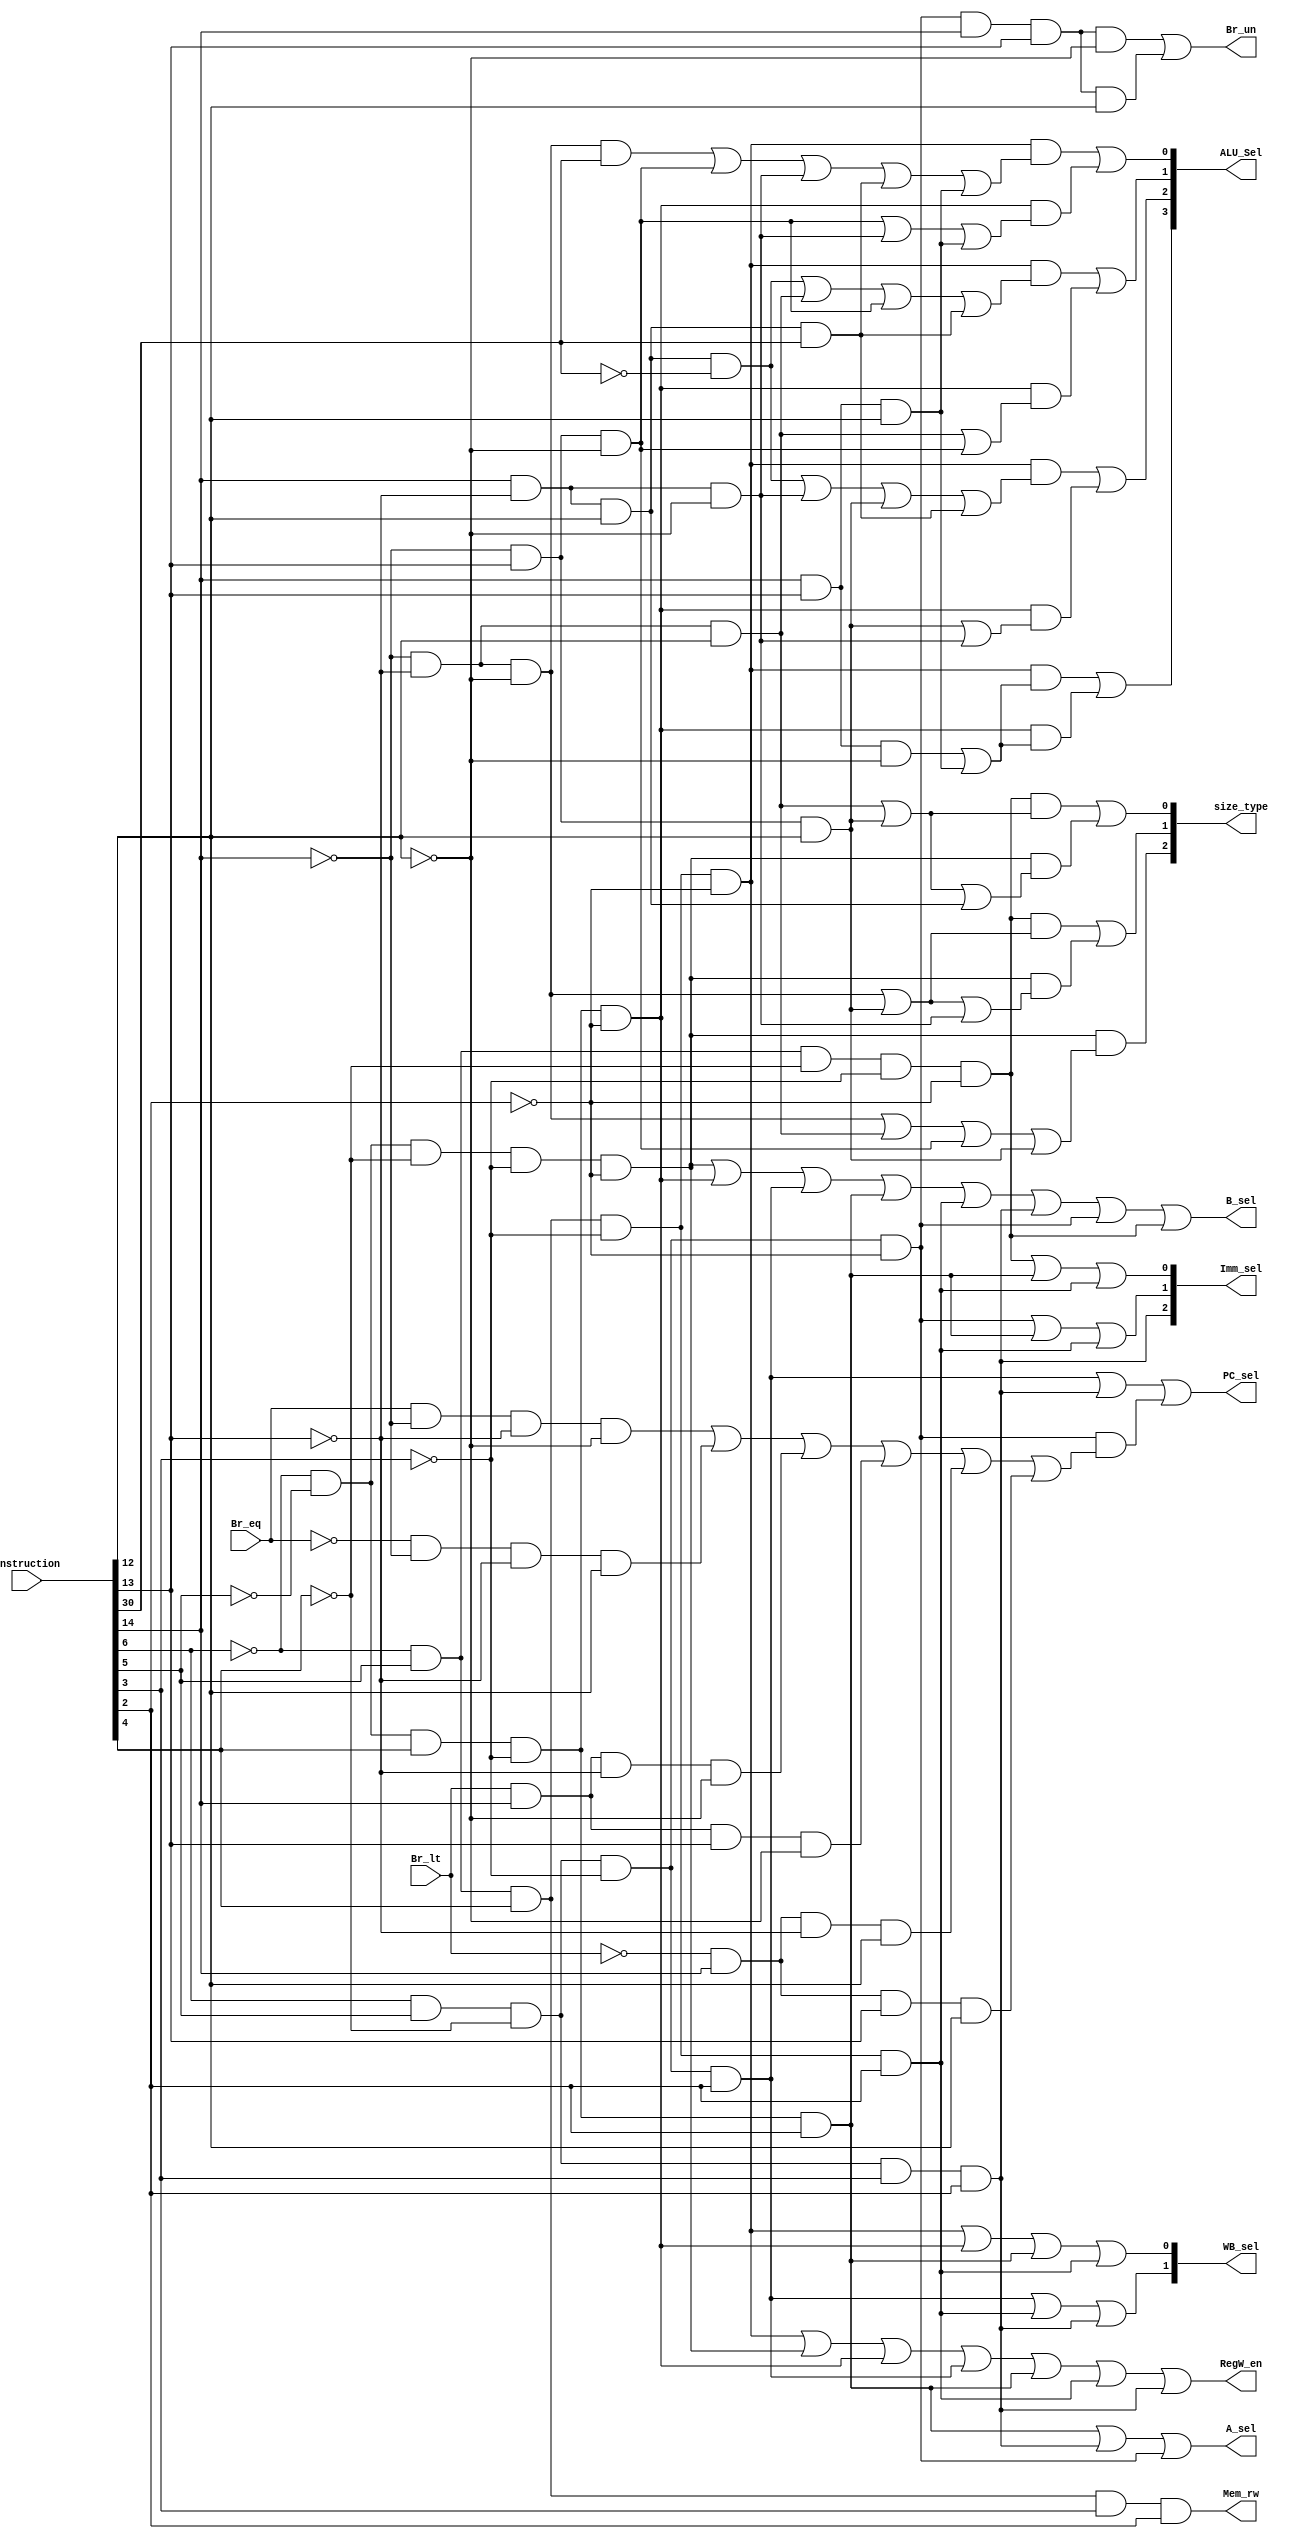
module Controller#(
    parameter WIDTH = 32
)
(   //Controller inputs
    input [WIDTH-1:0]instruction,
    input Br_eq,Br_lt,
    //Controller outputs
    output reg [3:0] ALU_Sel,
    output reg [1:0] WB_sel,
    output reg [2:0] Imm_sel,
    output reg [2:0] size_type,
    output reg PC_sel,RegW_en,Br_un,B_sel,A_sel,Mem_rw
);   
    //ALU operations
    localparam add = 4'b0000, sub = 4'b0001, sll = 4'b0010, slt = 4'b0011, sltu = 4'b0100, Xor = 4'b0101,
               srl = 4'b0110, sra = 4'b0111, Or  = 4'b1000, And = 4'b1001, addw = 4'b1010, subw = 4'b1011,
               sllw = 4'b1100, srlw = 4'b1101, sraw = 4'b1110;   
    //Instructions Opcode
    localparam R_type1 = 7'b0110011, R_type2 = 7'b0111011; 
    localparam I_type1 = 7'b0000011, I_type2 = 7'b0001111, I_type3 = 7'b0010011,
               I_type4 = 7'b0011011, I_type5 = 7'b1100111, I_type6 = 7'b1110011;
    localparam S_type = 7'b0100011;
    localparam SB_type = 7'b1100011;
    localparam U1_type = 7'b0010111, U2_type = 7'b0110111;
    localparam UJ_type = 7'b1101111;
    //Parsing instruction
    wire [6:0] opcode;
    wire [2:0] func3;
    wire [6:0] func7;
assign opcode = instruction[6:0];
assign func3 = instruction[14:12];
assign func7 = instruction[31:25];

always @*
begin
	        //Controlling register file write enable
            RegW_en         =   (~opcode[6] &&  opcode[5] &&  opcode[4] && ~opcode[3] && ~opcode[2])    ||   //R1_type
		                        (~opcode[6] && ~opcode[5] && ~opcode[4] && ~opcode[3] && ~opcode[2])    ||   //I1_type
		                        (~opcode[6] && ~opcode[5] &&  opcode[4] && ~opcode[3] && ~opcode[2])    ||   //I3_type
		                        ( opcode[6] &&  opcode[5] && ~opcode[4] && ~opcode[3] &&  opcode[2])    ||   //I5_type
		                        (~opcode[6] && ~opcode[5] &&  opcode[4] && ~opcode[3] &&  opcode[2])    ||   //U1_type
		                        (~opcode[6] &&  opcode[5] &&  opcode[4] && ~opcode[3] &&  opcode[2])    ||   //U2_type
		                        ( opcode[6] &&  opcode[5] && ~opcode[4] &&  opcode[3] &&  opcode[2]);        //UJ_type
            //Controlling branch unsigned
            Br_un           =   ( opcode[6] &&  opcode[5] && ~opcode[4] && ~opcode[3] && ~opcode[2]          //SB_type
                                                          &&   func3[2] &&   func3[1] &&  ~func3[0])    ||   //bltu
		                        ( opcode[6] &&  opcode[5] && ~opcode[4] && ~opcode[3] && ~opcode[2]      
                                                          &&   func3[2] &&   func3[1] &&   func3[0]);        //bgeu
            //Controlling memory read write
	        Mem_rw          =   (~opcode[6] &&  opcode[5] &&  opcode[4] &&  opcode[3] &&  opcode[2]);        //S_type 
            //Controlling B_sel
            B_sel           =   (~opcode[6] && ~opcode[5] && ~opcode[4] && ~opcode[3] && ~opcode[2])    ||   //I1_type
		                        (~opcode[6] && ~opcode[5] &&  opcode[4] && ~opcode[3] && ~opcode[2])    ||   //I3_type
		                        ( opcode[6] &&  opcode[5] && ~opcode[4] && ~opcode[3] &&  opcode[2])    ||   //I5_type
		                        (~opcode[6] && ~opcode[5] &&  opcode[4] && ~opcode[3] &&  opcode[2])    ||   //U1_type
		                        (~opcode[6] &&  opcode[5] &&  opcode[4] && ~opcode[3] &&  opcode[2])    ||   //U2_type
		                        ( opcode[6] &&  opcode[5] && ~opcode[4] &&  opcode[3] &&  opcode[2])    ||   //UJ_type
                                ( opcode[6] &&  opcode[5] && ~opcode[4] && ~opcode[3] && ~opcode[2])    ||   //SB_type
                                (~opcode[6] &&  opcode[5] && ~opcode[4] && ~opcode[3] && ~opcode[2]);        //S_type 
            //Controlling A_sel
            A_sel           =   (~opcode[6] && ~opcode[5] &&  opcode[4] && ~opcode[3] &&  opcode[2])    ||   //U1_type
		                        ( opcode[6] &&  opcode[5] && ~opcode[4] &&  opcode[3] &&  opcode[2])    ||   //UJ_type
                                ( opcode[6] &&  opcode[5] && ~opcode[4] && ~opcode[3] && ~opcode[2]);        //SB_type  
            //Controlling PC_sel
            PC_sel          =   ( opcode[6] &&  opcode[5] && ~opcode[4] && ~opcode[3] &&  opcode[2])    ||   //I5_type
		                        ( opcode[6] &&  opcode[5] && ~opcode[4] &&  opcode[3] &&  opcode[2])    ||   //UJ_type
                                ( opcode[6] &&  opcode[5] && ~opcode[4] && ~opcode[3] && ~opcode[2]     &&   //SB_type
                                                (( Br_eq  &&  ~func3[2] &&  ~func3[1] &&  ~func3[0])    ||   //beq 
                                                 (~Br_eq  &&  ~func3[2] &&  ~func3[1] &&   func3[0])    ||   //bne
                                                 ( Br_lt  &&   func3[2] &&  ~func3[1] &&  ~func3[0])    ||   //blt
                                                 ( Br_lt  &&   func3[2] &&   func3[1] &&  ~func3[0])    ||   //bltu
                                                 (~Br_lt  &&   func3[2] &&  ~func3[1] &&   func3[0])    ||   //bge
                                                 (~Br_lt  &&   func3[2] &&   func3[1] &&   func3[0])));      //bgeu
            //Controlling write back select
            WB_sel[0]       =   (~opcode[6] &&  opcode[5] &&  opcode[4] && ~opcode[3] && ~opcode[2])    ||   //R1_type
		                        (~opcode[6] && ~opcode[5] &&  opcode[4] && ~opcode[3] && ~opcode[2])    ||   //I3_type
		                        (~opcode[6] && ~opcode[5] &&  opcode[4] && ~opcode[3] &&  opcode[2])    ||   //U1_type
                                (~opcode[6] &&  opcode[5] &&  opcode[4] && ~opcode[3] &&  opcode[2]);        //U2_type
            WB_sel[1]       =   ( opcode[6] &&  opcode[5] && ~opcode[4] && ~opcode[3] &&  opcode[2])    ||   //I5_type
		                        (~opcode[6] &&  opcode[5] &&  opcode[4] && ~opcode[3] &&  opcode[2])    ||   //U2_type
		                        ( opcode[6] &&  opcode[5] && ~opcode[4] &&  opcode[3] &&  opcode[2]);        //UJ_type
            //Controlling immediate select
            Imm_sel[0]      =   (~opcode[6] &&  opcode[5] && ~opcode[4] && ~opcode[3] && ~opcode[2])    ||   //S_type
		                        (~opcode[6] && ~opcode[5] &&  opcode[4] && ~opcode[3] &&  opcode[2])    ||   //U1_type
                                (~opcode[6] &&  opcode[5] &&  opcode[4] && ~opcode[3] &&  opcode[2]);        //U2_type
            Imm_sel[1]      =   ( opcode[6] &&  opcode[5] && ~opcode[4] && ~opcode[3] && ~opcode[2])    ||   //SB_type
		                        (~opcode[6] && ~opcode[5] &&  opcode[4] && ~opcode[3] &&  opcode[2])    ||   //U1_type
                                (~opcode[6] &&  opcode[5] &&  opcode[4] && ~opcode[3] &&  opcode[2]);        //U2_type
            Imm_sel[2]      =   ( opcode[6] &&  opcode[5] && ~opcode[4] &&  opcode[3] &&  opcode[2]);        //UJ_type
            //Controlling byte,half word,word size type
            size_type[0]    =   (~opcode[6] &&  opcode[5] && ~opcode[4] && ~opcode[3] && ~opcode[2]     &&   //S_type
                                                            ((~func3[2] &&  ~func3[1] &&   func3[0])    ||    
                                                             (~func3[2] &&   func3[1] &&   func3[0])))  ||
                                (~opcode[6] && ~opcode[5] && ~opcode[4] && ~opcode[3] && ~opcode[2]     &&   //I1_type
                                                            ((~func3[2] &&  ~func3[1] &&   func3[0])    ||    
                                                             (~func3[2] &&   func3[1] &&   func3[0])    ||                      
                                                             ( func3[2] &&  ~func3[1] &&   func3[0])));
            size_type[1]    =   (~opcode[6] &&  opcode[5] && ~opcode[4] && ~opcode[3] && ~opcode[2]     &&   //S_type
                                                            ((~func3[2] &&  ~func3[1] &&  ~func3[0])    ||    
                                                             (~func3[2] &&   func3[1] &&   func3[0])))  ||
                                (~opcode[6] && ~opcode[5] && ~opcode[4] && ~opcode[3] && ~opcode[2]     &&   //I1_type
                                                            ((~func3[2] &&  ~func3[1] &&  ~func3[0])    ||    
                                                             (~func3[2] &&   func3[1] &&   func3[0])    ||                      
                                                             ( func3[2] &&  ~func3[1] &&  ~func3[0])));                        
            size_type[2]    =   (~opcode[6] && ~opcode[5] && ~opcode[4] && ~opcode[3] && ~opcode[2]     &&   //I1_type
                                                            ((~func3[2] &&  ~func3[1] &&  ~func3[0])    ||    
                                                             (~func3[2] &&  ~func3[1] &&   func3[0])    ||                      
                                                             (~func3[2] &&   func3[1] &&  ~func3[0])    ||
                                                             (~func3[2] &&   func3[1] &&   func3[0])));
            //Controlling ALU selector
            ALU_Sel[0]      =   (~opcode[6] &&  opcode[5] &&  opcode[4] && ~opcode[3] && ~opcode[2]     &&   //R1_type
                                              ((~func3[2] &&  ~func3[1] &&  ~func3[0] &&   func7[5])    ||    
                                                             (~func3[2] &&   func3[1] &&  ~func3[0])    ||                      
                                                             ( func3[2] &&  ~func3[1] &&  ~func3[0])    ||
                                               ( func3[2] &&  ~func3[1] &&   func3[0] &&   func7[5])    ||              
                                                             ( func3[2] &&   func3[1] &&   func3[0])))  ||
                                (~opcode[6] && ~opcode[5] &&  opcode[4] && ~opcode[3] && ~opcode[2]     &&   //I3_type
                                                            ((~func3[2] &&   func3[1] &&  ~func3[0])    ||                      
                                                             ( func3[2] &&  ~func3[1] &&  ~func3[0])    ||             
                                                             ( func3[2] &&   func3[1] &&   func3[0])));
            ALU_Sel[1]      =   (~opcode[6] &&  opcode[5] &&  opcode[4] && ~opcode[3] && ~opcode[2]     &&   //R1_type
                                              (( func3[2] &&  ~func3[1] &&   func3[0] &&  ~func7[5])    ||    
                                                             (~func3[2] &&  ~func3[1] &&   func3[0])    ||                      
                                                             (~func3[2] &&   func3[1] &&  ~func3[0])    ||
                                               ( func3[2] &&  ~func3[1] &&   func3[0] &&   func7[5])))  ||
                                (~opcode[6] && ~opcode[5] &&  opcode[4] && ~opcode[3] && ~opcode[2]     &&   //I3_type
                                                            ((~func3[2] &&  ~func3[1] &&   func3[0])    ||                      
                                                             (~func3[2] &&   func3[1] &&  ~func3[0])));                       
            ALU_Sel[2]      =   (~opcode[6] &&  opcode[5] &&  opcode[4] && ~opcode[3] && ~opcode[2]     &&   //R1_type
                                              (( func3[2] &&  ~func3[1] &&   func3[0] &&  ~func7[5])    ||    
                                                             ( func3[2] &&  ~func3[1] &&  ~func3[0])    ||                      
                                                             (~func3[2] &&   func3[1] &&   func3[0])    ||
                                               ( func3[2] &&  ~func3[1] &&   func3[0] &&   func7[5])))  ||
                                (~opcode[6] && ~opcode[5] &&  opcode[4] && ~opcode[3] && ~opcode[2]     &&   //I3_type
                                                            ((~func3[2] &&   func3[1] &&   func3[0])    ||                      
                                                             ( func3[2] &&  ~func3[1] &&  ~func3[0])));
            ALU_Sel[3]      =   (~opcode[6] &&  opcode[5] &&  opcode[4] && ~opcode[3] && ~opcode[2]     &&   //R1_type
                                                            (( func3[2] &&   func3[1] &&  ~func3[0])    ||                      
                                                             ( func3[2] &&   func3[1] &&   func3[0])))  ||
                                (~opcode[6] && ~opcode[5] &&  opcode[4] && ~opcode[3] && ~opcode[2]     &&   //I3_type
                                                            (( func3[2] &&   func3[1] &&  ~func3[0])    ||                      
                                                             ( func3[2] &&   func3[1] &&   func3[0])));
end
endmodule